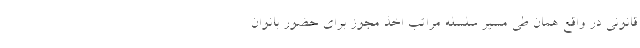
قانونی در واقع همان طی مسیر سلسله مراتب اخذ مجوز برای حضور بانوان